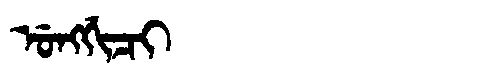
Manchu: ᡠᠩᡤᡳᠴᡳ
Romanization: UNGGICI